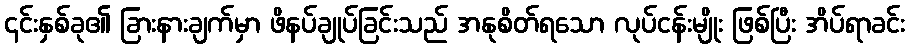
၎င်းနှစ်ခု၏ ခြားနားချက်မှာ ဖိနပ်ချုပ်ခြင်းသည် အနုစိတ်ရသော လုပ်ငန်းမျိုး ဖြစ်ပြီး အိပ်ရာခင်း